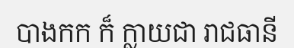
បាងកក ក៏ ក្លាយជា រាជធានី